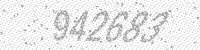
Solution: 942683